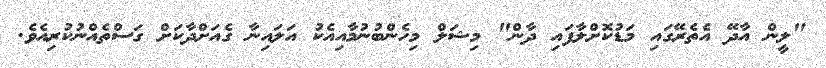
"ލީން އާދޭ އެތެރޭގައި މަޑުކޮށްލާފައި ދާން" މިޝަލް މިހެންބުނުމާއިއެކު އަލައިނާ ގެއަށްދާކަށް ގަސްތެއްނުކުރިއެވެ.